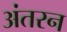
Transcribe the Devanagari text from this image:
अंतरन